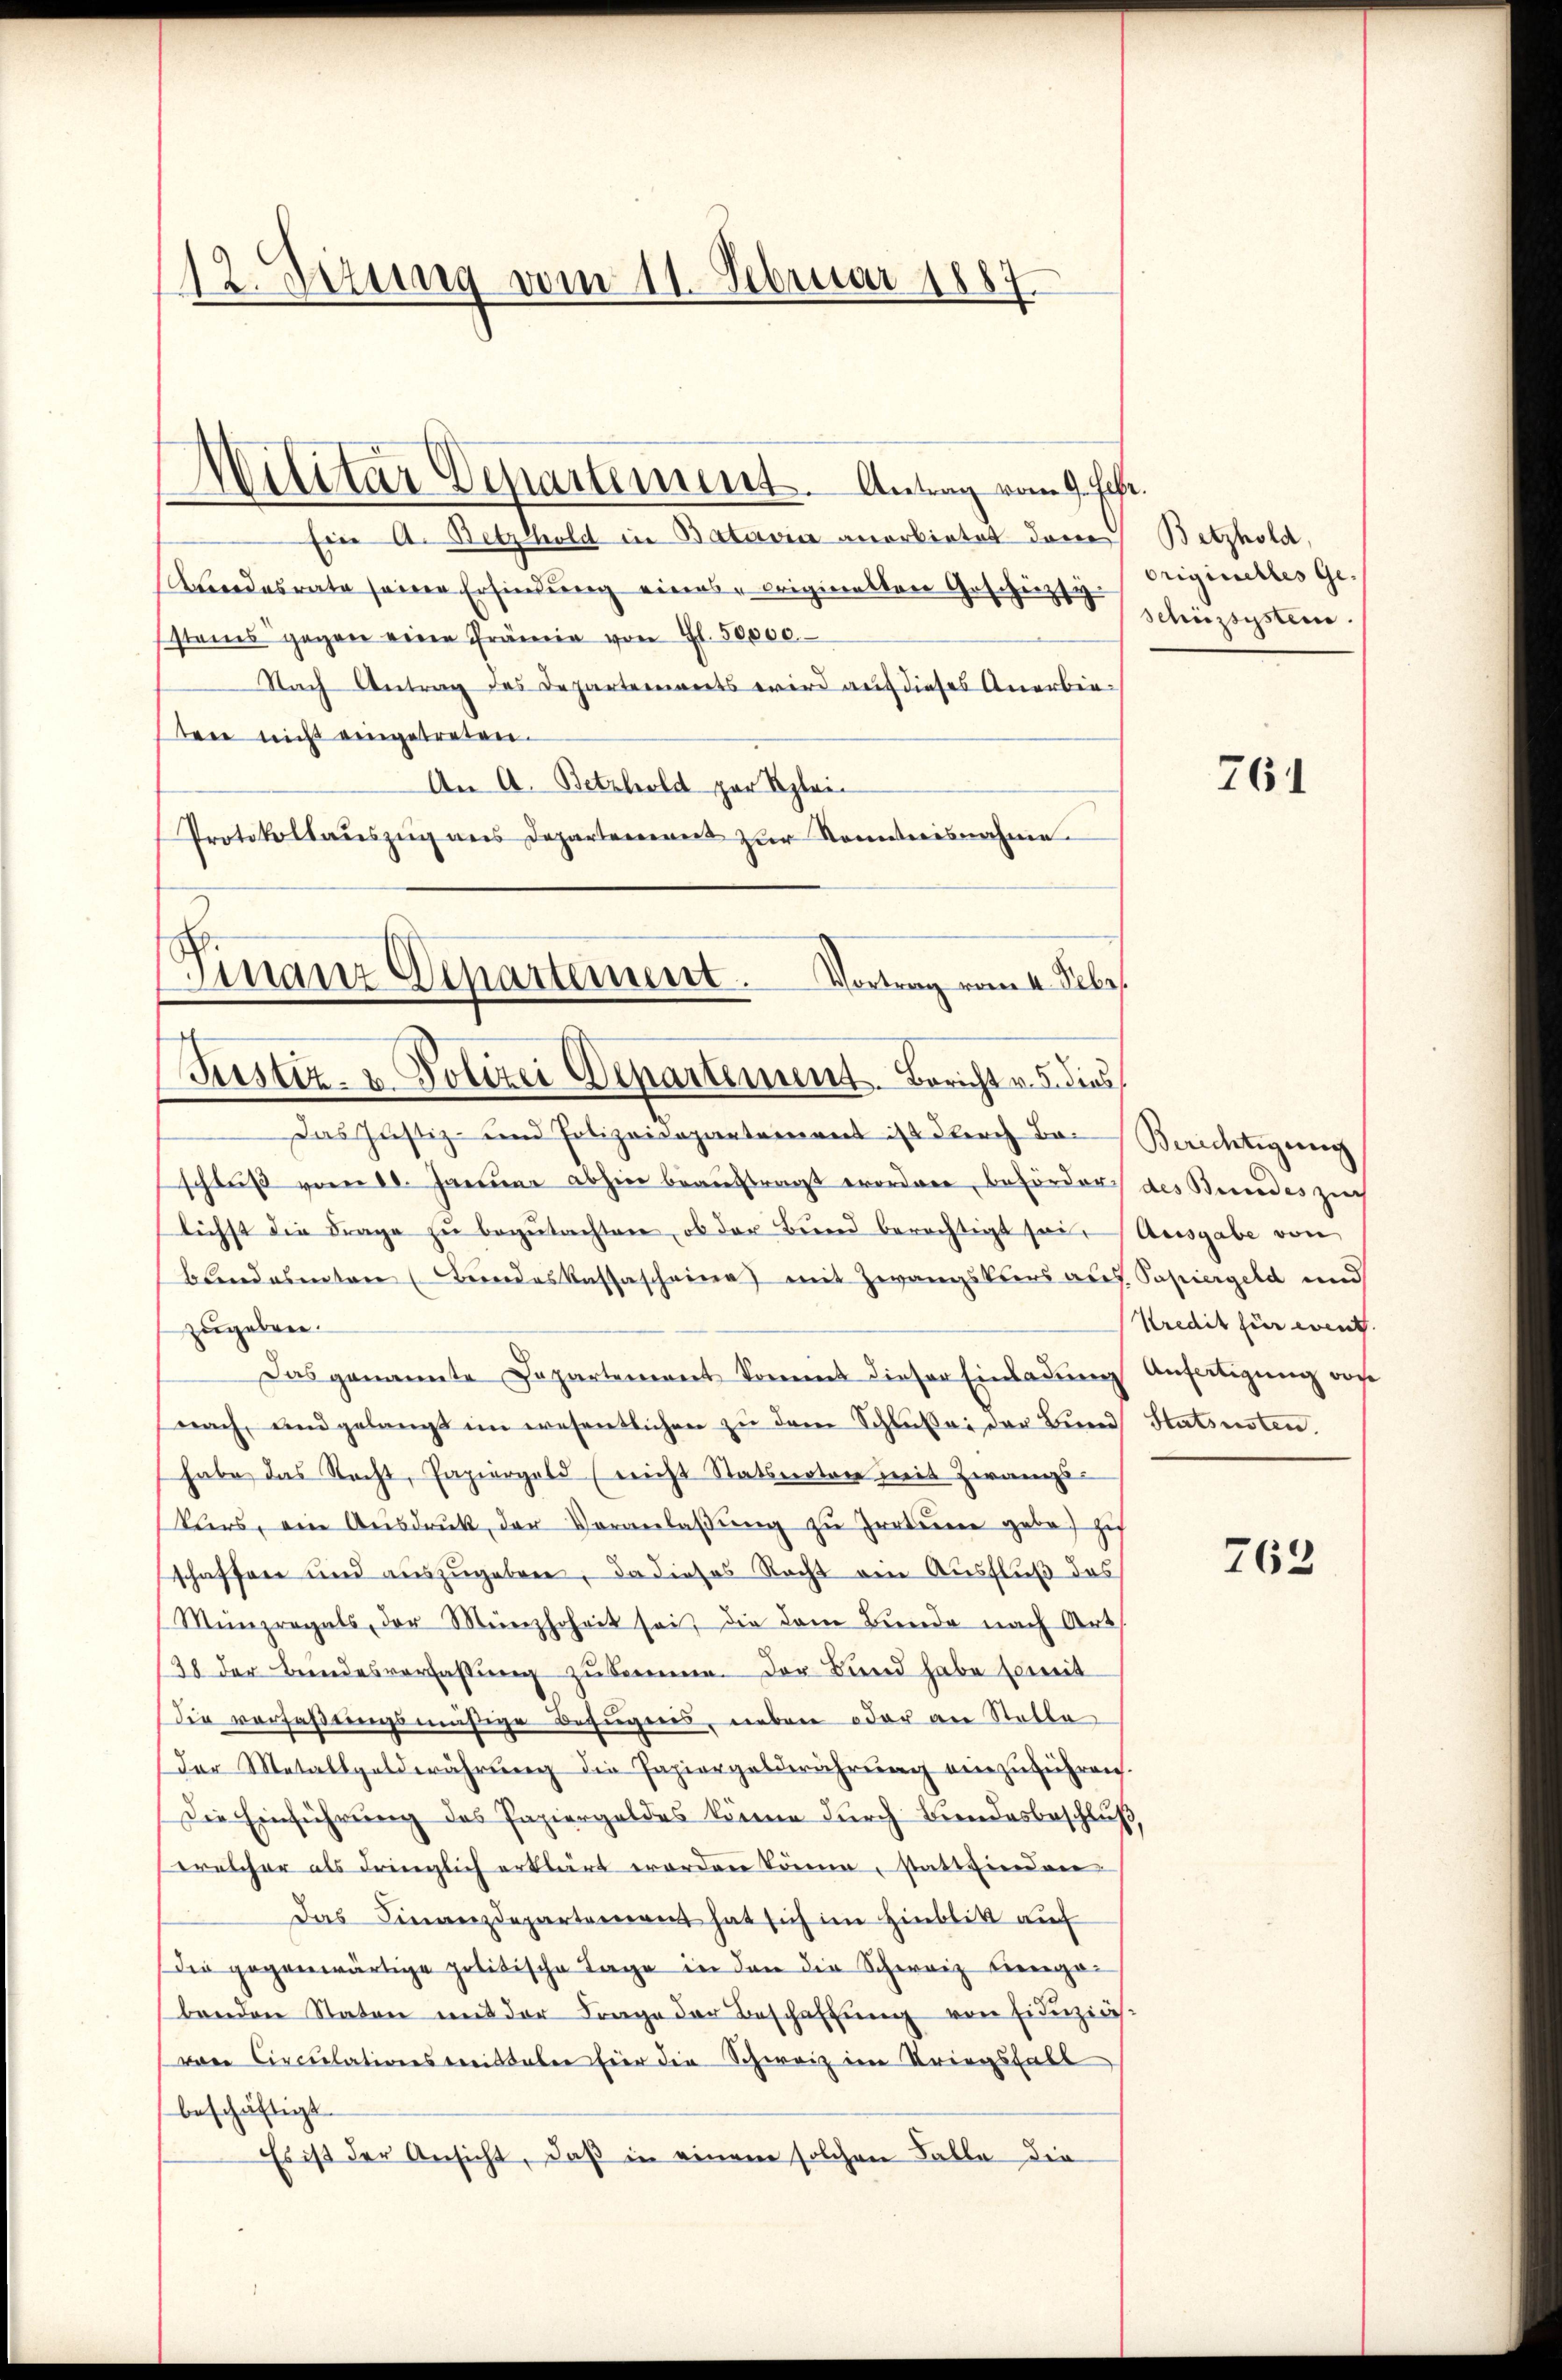
12. Sizung vom 11. Februar 1885

Ein A. Betzhold in Batavia anerbietet dem Betzhold,
Aendesrate seine Erfindung eines originalten Geschüzsi
stenes gegen eine Prämie von fl. 50,000.
Nach Antrag des Departements wird auf dieses Anerbintere nicht eingetreten.
An A. Betzhold zur Reglei
Protokollauszug aus Departement zur Kenntnisnahme

Militar Departement. Antrag vom 9. Jahr.

s
manz Departement. Vortrag vom 4. Sebe
Justiz- u. Polizei Departement. Bericht v. 5. dies

Das Justiz- und Polizeidepartement ist durch Be-Berichtigung
schluß vom 10. Januar abhin beauftragt erordnen, beförder des Bundes zeich
lichst die Frage zu begutachten, ob der Bund berechtigt sei. Ausgabe von
bandamten (Bundeskassascheine mit Zwangstiers auf Papiergeld und
zugeben.
Das genannte Departement kommt dieser Einladung Ansätigung vor
nach, und gelangt im wesentlichen zu dem Schluße der Bund Statinsten.
habe das Nacht, Papiergeld (reicht Statsnoten mit Zwangs-
klers, ein Aŭsdrŭk der Veranlaβŭng zŭ Irrterren gebot zi
schaffen und auszugeben, da dieses Recht ein Ausfluß des
Münzregals, der Menzhoheit sei, die dem Bunde nach Art
28 der Bundesverfassung zukomme. Der Bund habe Ermit
die verfaßungsmäßige Befugnis, neben oder an Stolle
Der Metallgoldwährung die Papiergelderührung einzuführen.
Die Einführung des Papiergeldes könne durch Bundesbeschluß
relcher als dringlich erklärt worden könne, stattvierden
Das Finanzdepartement hat sich im Hinblik auf
Die gegenwärtige politische Tage in den die Schweiz hierga-
benden Staten mit der Frage der Beschaffung von Einerzinsvon Circulationskreistaber für die Schweiz im Kriegsfall
beschäftigt.
Es ist der Ansicht, daß in einem solchen Falle die

Originelles Geschüzsystem.

761

Kredit für event.

763